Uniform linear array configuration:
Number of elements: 24
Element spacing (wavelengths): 0.25
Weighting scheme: hann
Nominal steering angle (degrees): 45
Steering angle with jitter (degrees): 43.794
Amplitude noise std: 0.05
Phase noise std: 0.05

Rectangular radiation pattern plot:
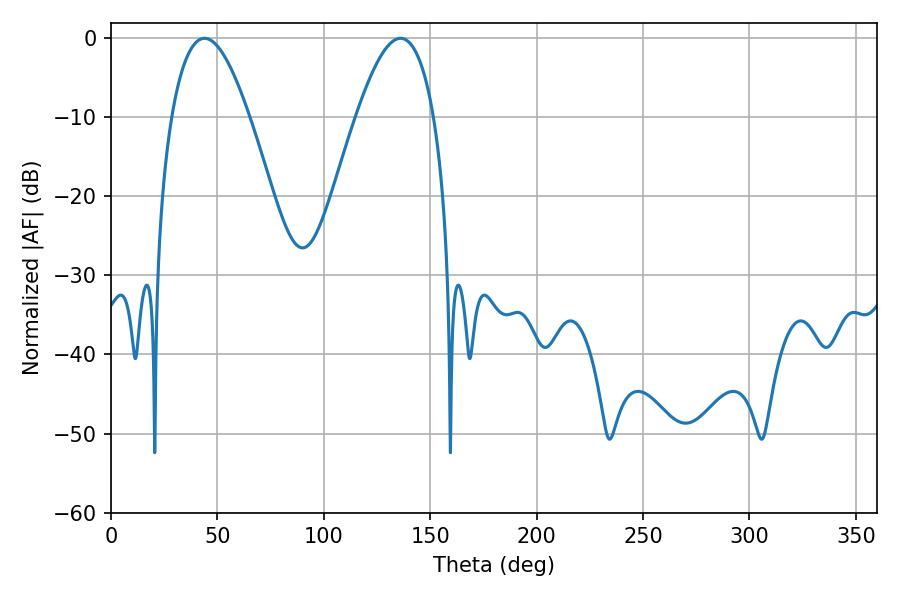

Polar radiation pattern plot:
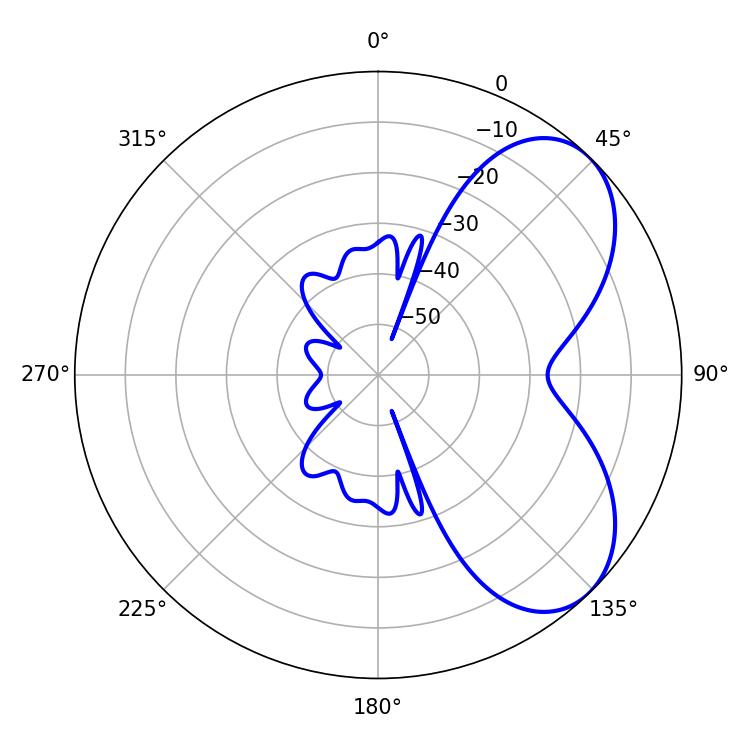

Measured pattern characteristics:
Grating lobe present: FALSE
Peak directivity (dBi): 5.75
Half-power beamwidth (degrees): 19.98
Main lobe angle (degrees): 43.92